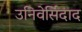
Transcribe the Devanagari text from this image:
उनिवेर्सिदाद